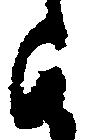
由